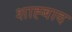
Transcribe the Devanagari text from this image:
शाह्बाद